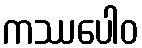
ကဿပေါဝ